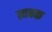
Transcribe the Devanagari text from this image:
त्यबक